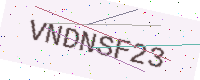
Text: VNDNSF23